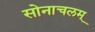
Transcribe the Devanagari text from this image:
सोनाचलम्